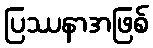
ပြဿနာအဖြစ်